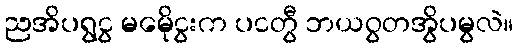
ညအိပရွငွ မမေိုငွးက ပငတွီ ဘယဝွတအွိပမွလဲ။